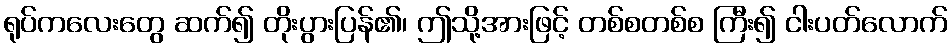
ရုပ်ကလေးတွေ ဆက်၍ တိုးပွားပြန်၏၊ ဤသို့အားဖြင့် တစ်စတစ်စ ကြီး၍ ငါးပတ်လောက်